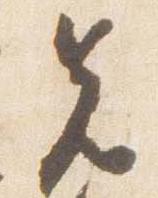
先